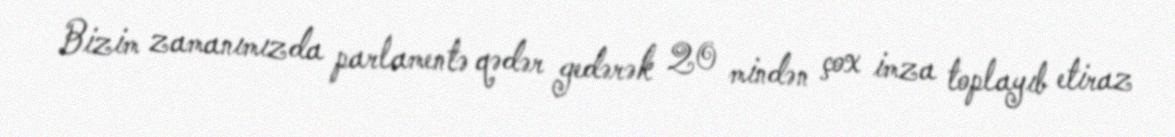
Bizim zamanımızda parlamentə qədər gedərək 20 mindən çox imza toplayıb etiraz